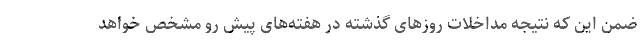
ضمن این که نتیجه مداخلات روزهای گذشته در هفته‌های پیش رو مشخص خواهد